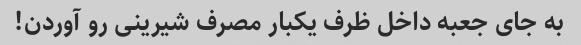
به جای جعبه داخل ظرف یکبار مصرف شیرینی رو آوردن!